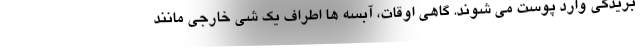
بریدگی وارد پوست می شوند. گاهی اوقات، آبسه ها اطراف یک شی خارجی مانند